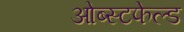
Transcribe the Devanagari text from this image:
ओब्स्टफेल्ड